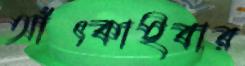
আঁৎকাইবার